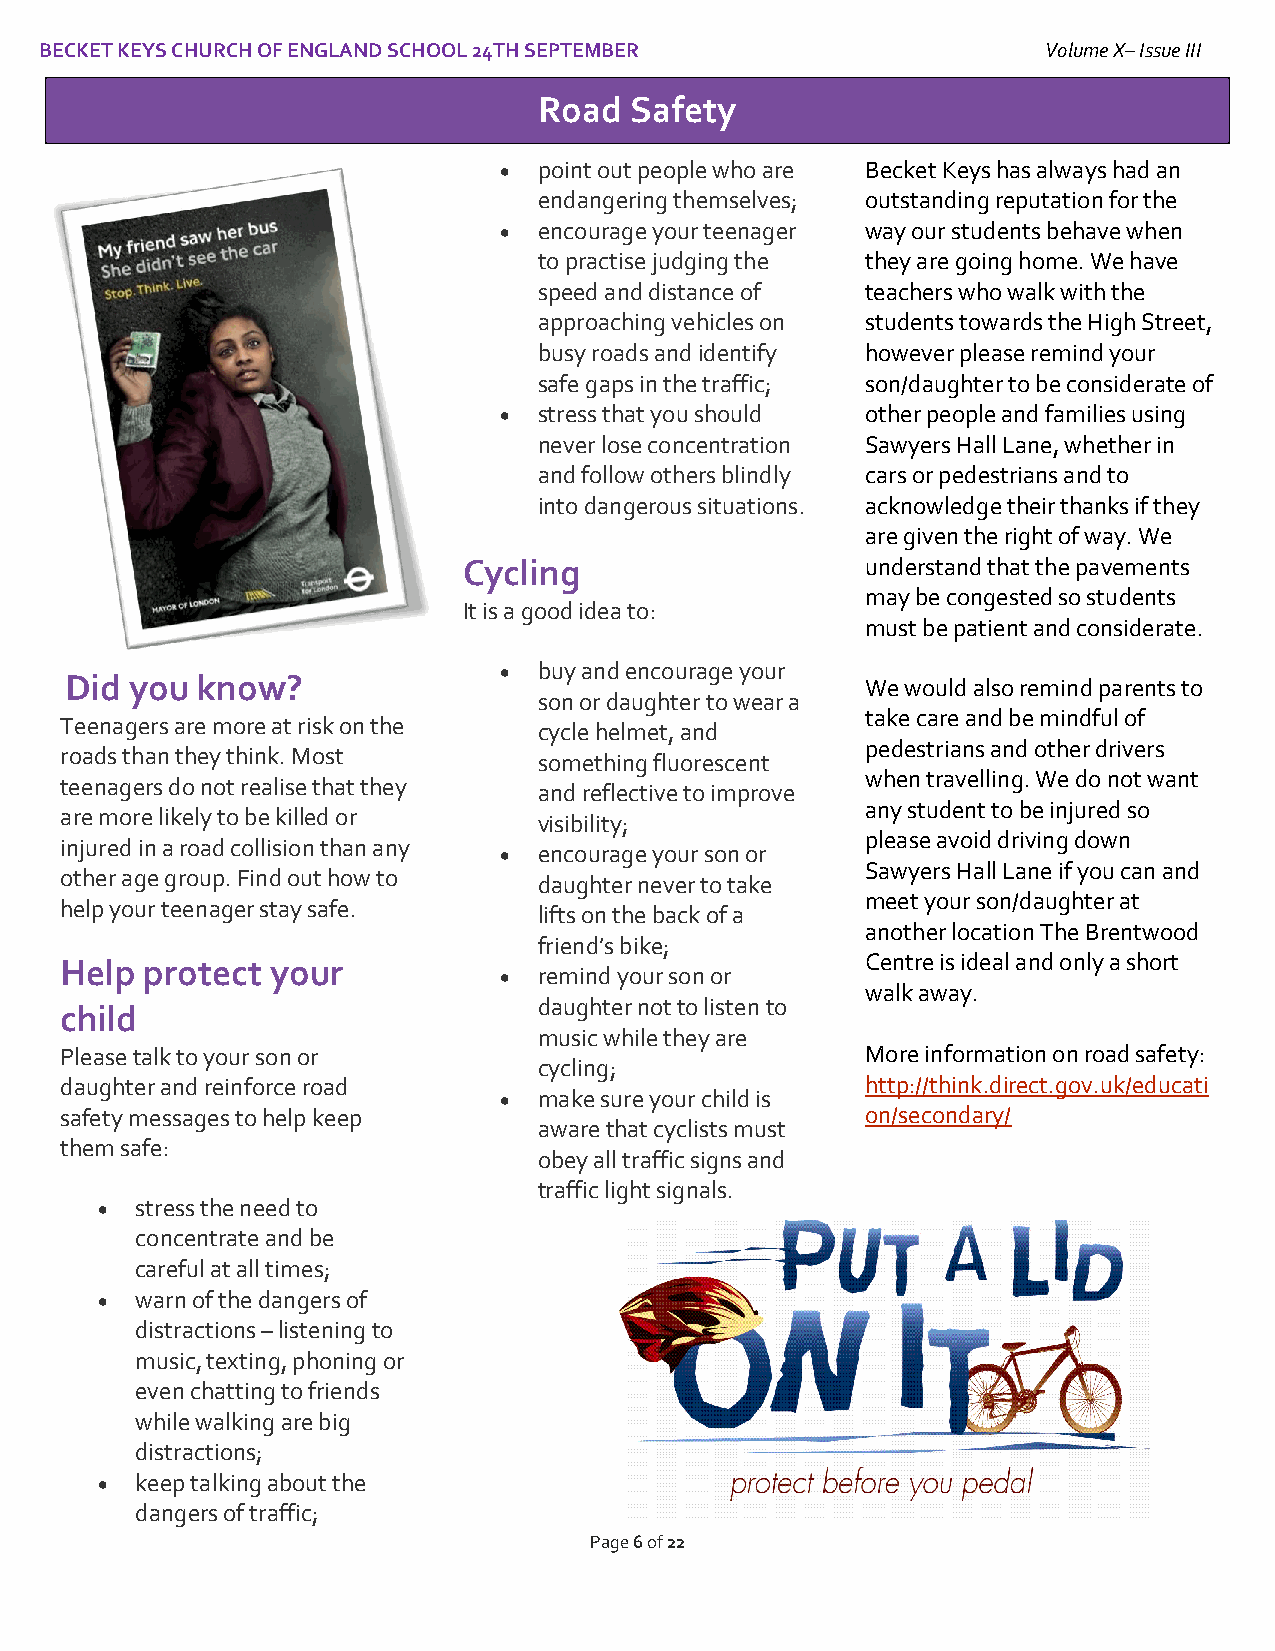
BECKET KEYS CHURCH OF ENGLAND SCHOOL 24TH SEPTEMBER               Volume X– Issue III
 I
 Road  Safety
 •  point out people who are Becket Keys has always had an
 endangering themselves; outstanding reputation for the
 •  encourage your teenager way our students behave when
 to practise judging the they are going home. We have
 speed and distance of teachers who walk with the
 approaching vehicles on students towards the High Street,
 busy roads and identify however please remind your
 safe gaps in the traffic; son/daughter to be considerate of
 •  stress that you should other people and families using
 never lose concentration Sawyers Hall Lane, whether in
 and follow others blindly cars or pedestrians and to
 into dangerous situations. acknowledge their thanks if they
 are given the right of way. We
 Cycling                   understand that the pavements
 may be congested so students
 It is a good idea to:
 must be patient and considerate.
 •  buy and encourage your
 Did  you know?                                       We would also remind parents to
 son or daughter to wear a
 take care and be mindful of
 Teenagers are more at risk on the cycle helmet, and
 pedestrians and other drivers
 roads than they think. Most     something fluorescent
 when travelling. We do not want
 teenagers do not realise that they and reflective to improve
 any student to be injured so
 are more likely to be killed or visibility;
 please avoid driving down
 injured in a road collision than any • encourage your son or
 Sawyers Hall Lane if you can and
 other age group. Find out how to
 daughter never to take
 meet your son/daughter at
 help your teenager stay safe.
 lifts on the back of a
 another location The Brentwood
 friend’s bike;
 Help protect  your                                   Centre is ideal and only a short
 •  remind your son or
 walk away.
 daughter not to listen to
 child
 music while they are
 Please talk to your son or                           More information on road safety:
 cycling;
 daughter and reinforce road                          http://think.direct.gov.uk/educati
 •  make sure your child is
 safety messages to help keep                         on/secondary/
 aware that cyclists must
 them safe:
 obey all traffic signs and
 traffic light signals.
 •  stress the need to
 concentrate and be
 careful at all times;
 •  warn of the dangers of
 distractions – listening to
 music, texting, phoning or
 even chatting to friends
 while walking are big
 distractions;
 •  keep talking about the
 dangers of traffic;
 Page 6 of 22